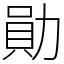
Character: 勛